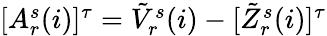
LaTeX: \begin{array}{r}{[A_{r}^{s}(i)]^{\tau}=\tilde{V}_{r}^{s}(i)-[\tilde{Z}_{r}^{s}(i)]^{\tau}}\end{array}